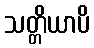
သတ္တိယာပိ